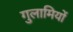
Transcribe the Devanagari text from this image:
गुलामियों